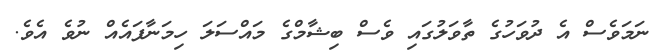
ނަމަވެސް އެ ދުވަހުގެ ތާވަލުގައި ވެސް ބިޝާމްގެ މައްސަލަ ހިމަނާފައެއް ނުވެ އެވެ.